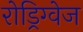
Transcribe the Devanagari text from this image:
रोड्रिग्वेज